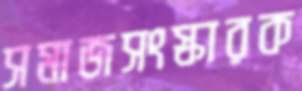
সমাজসংস্কারক